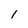
Character: 1